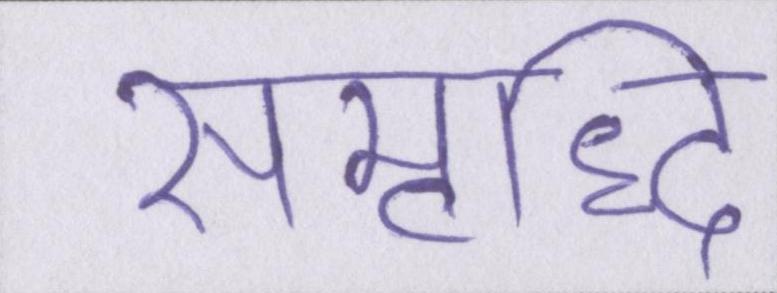
समृध्दि